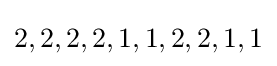
2,2,2,2,1,1,2,2,1,1